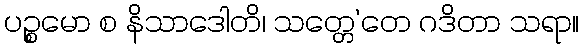
ပဉ္စမော စ နိသာဒေါတိ၊ သတ္တေ’တေ ဂဒိတာ သရာ။